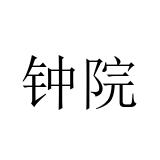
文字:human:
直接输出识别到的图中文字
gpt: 钟院